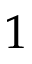
1